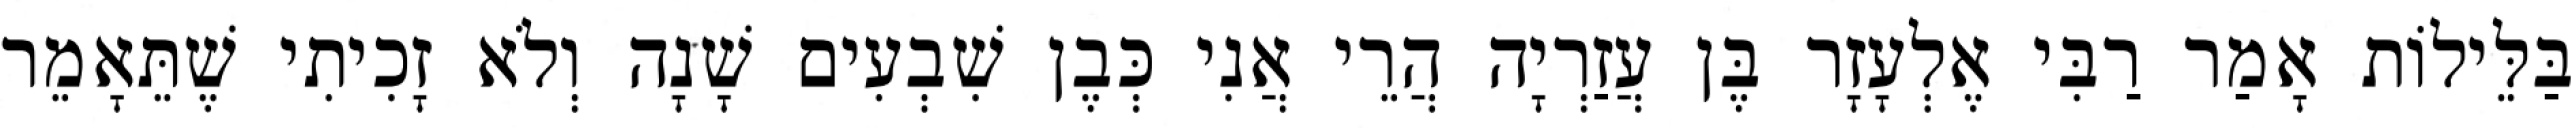
בַּלֵּילוֹת אָמַר רַבִּי אֶלְעָזָר בֶּן עֲזַרְיָה הֲרֵי אֲנִי כְּבֶן שִׁבְעִים שָׁנָה וְלֹא זָכִיתִי שֶׁתֵּאָמֵר